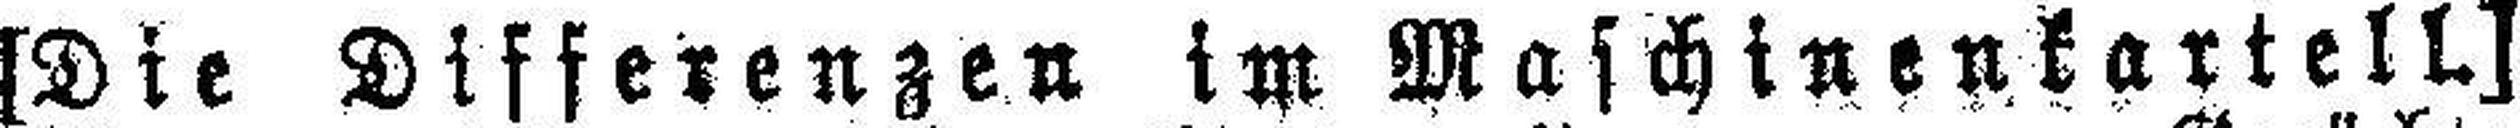
[Die Differenzen im Maschinenkartell]